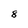
Character: 8